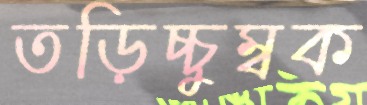
তড়িচ্চুম্বক